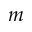
m